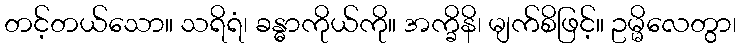
တင့်တယ်သော။ သရိရံ၊ ခန္ဓာကိုယ်ကို။ အက္ခိနိ၊ မျက်စိဖြင့်။ ဥမ္မိလေတွာ၊